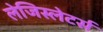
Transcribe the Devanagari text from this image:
लेजिस्लेटर्स